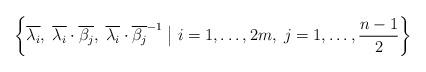
LaTeX: \begin{align*}\left\{ \overline{\lambda_i}, \; \overline{\lambda_i}\cdot\overline{\beta_j}, \; \overline{\lambda_i}\cdot\overline{\beta_j}^{-1} \bigm\vert i=1,\ldots,2m, \; j=1,\ldots,\frac{n-1}{2} \right\}\end{align*}